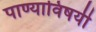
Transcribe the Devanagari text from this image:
पाण्याविषयी